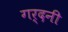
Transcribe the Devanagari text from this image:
गर्दनी